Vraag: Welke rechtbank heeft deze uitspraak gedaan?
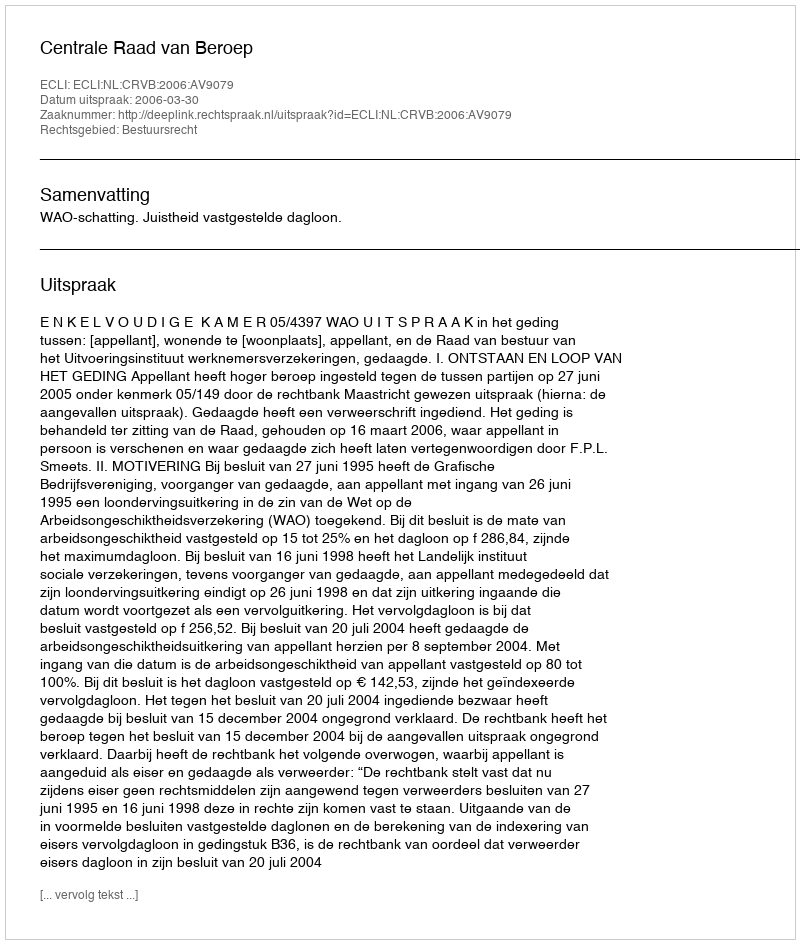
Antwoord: Centrale Raad van Beroep